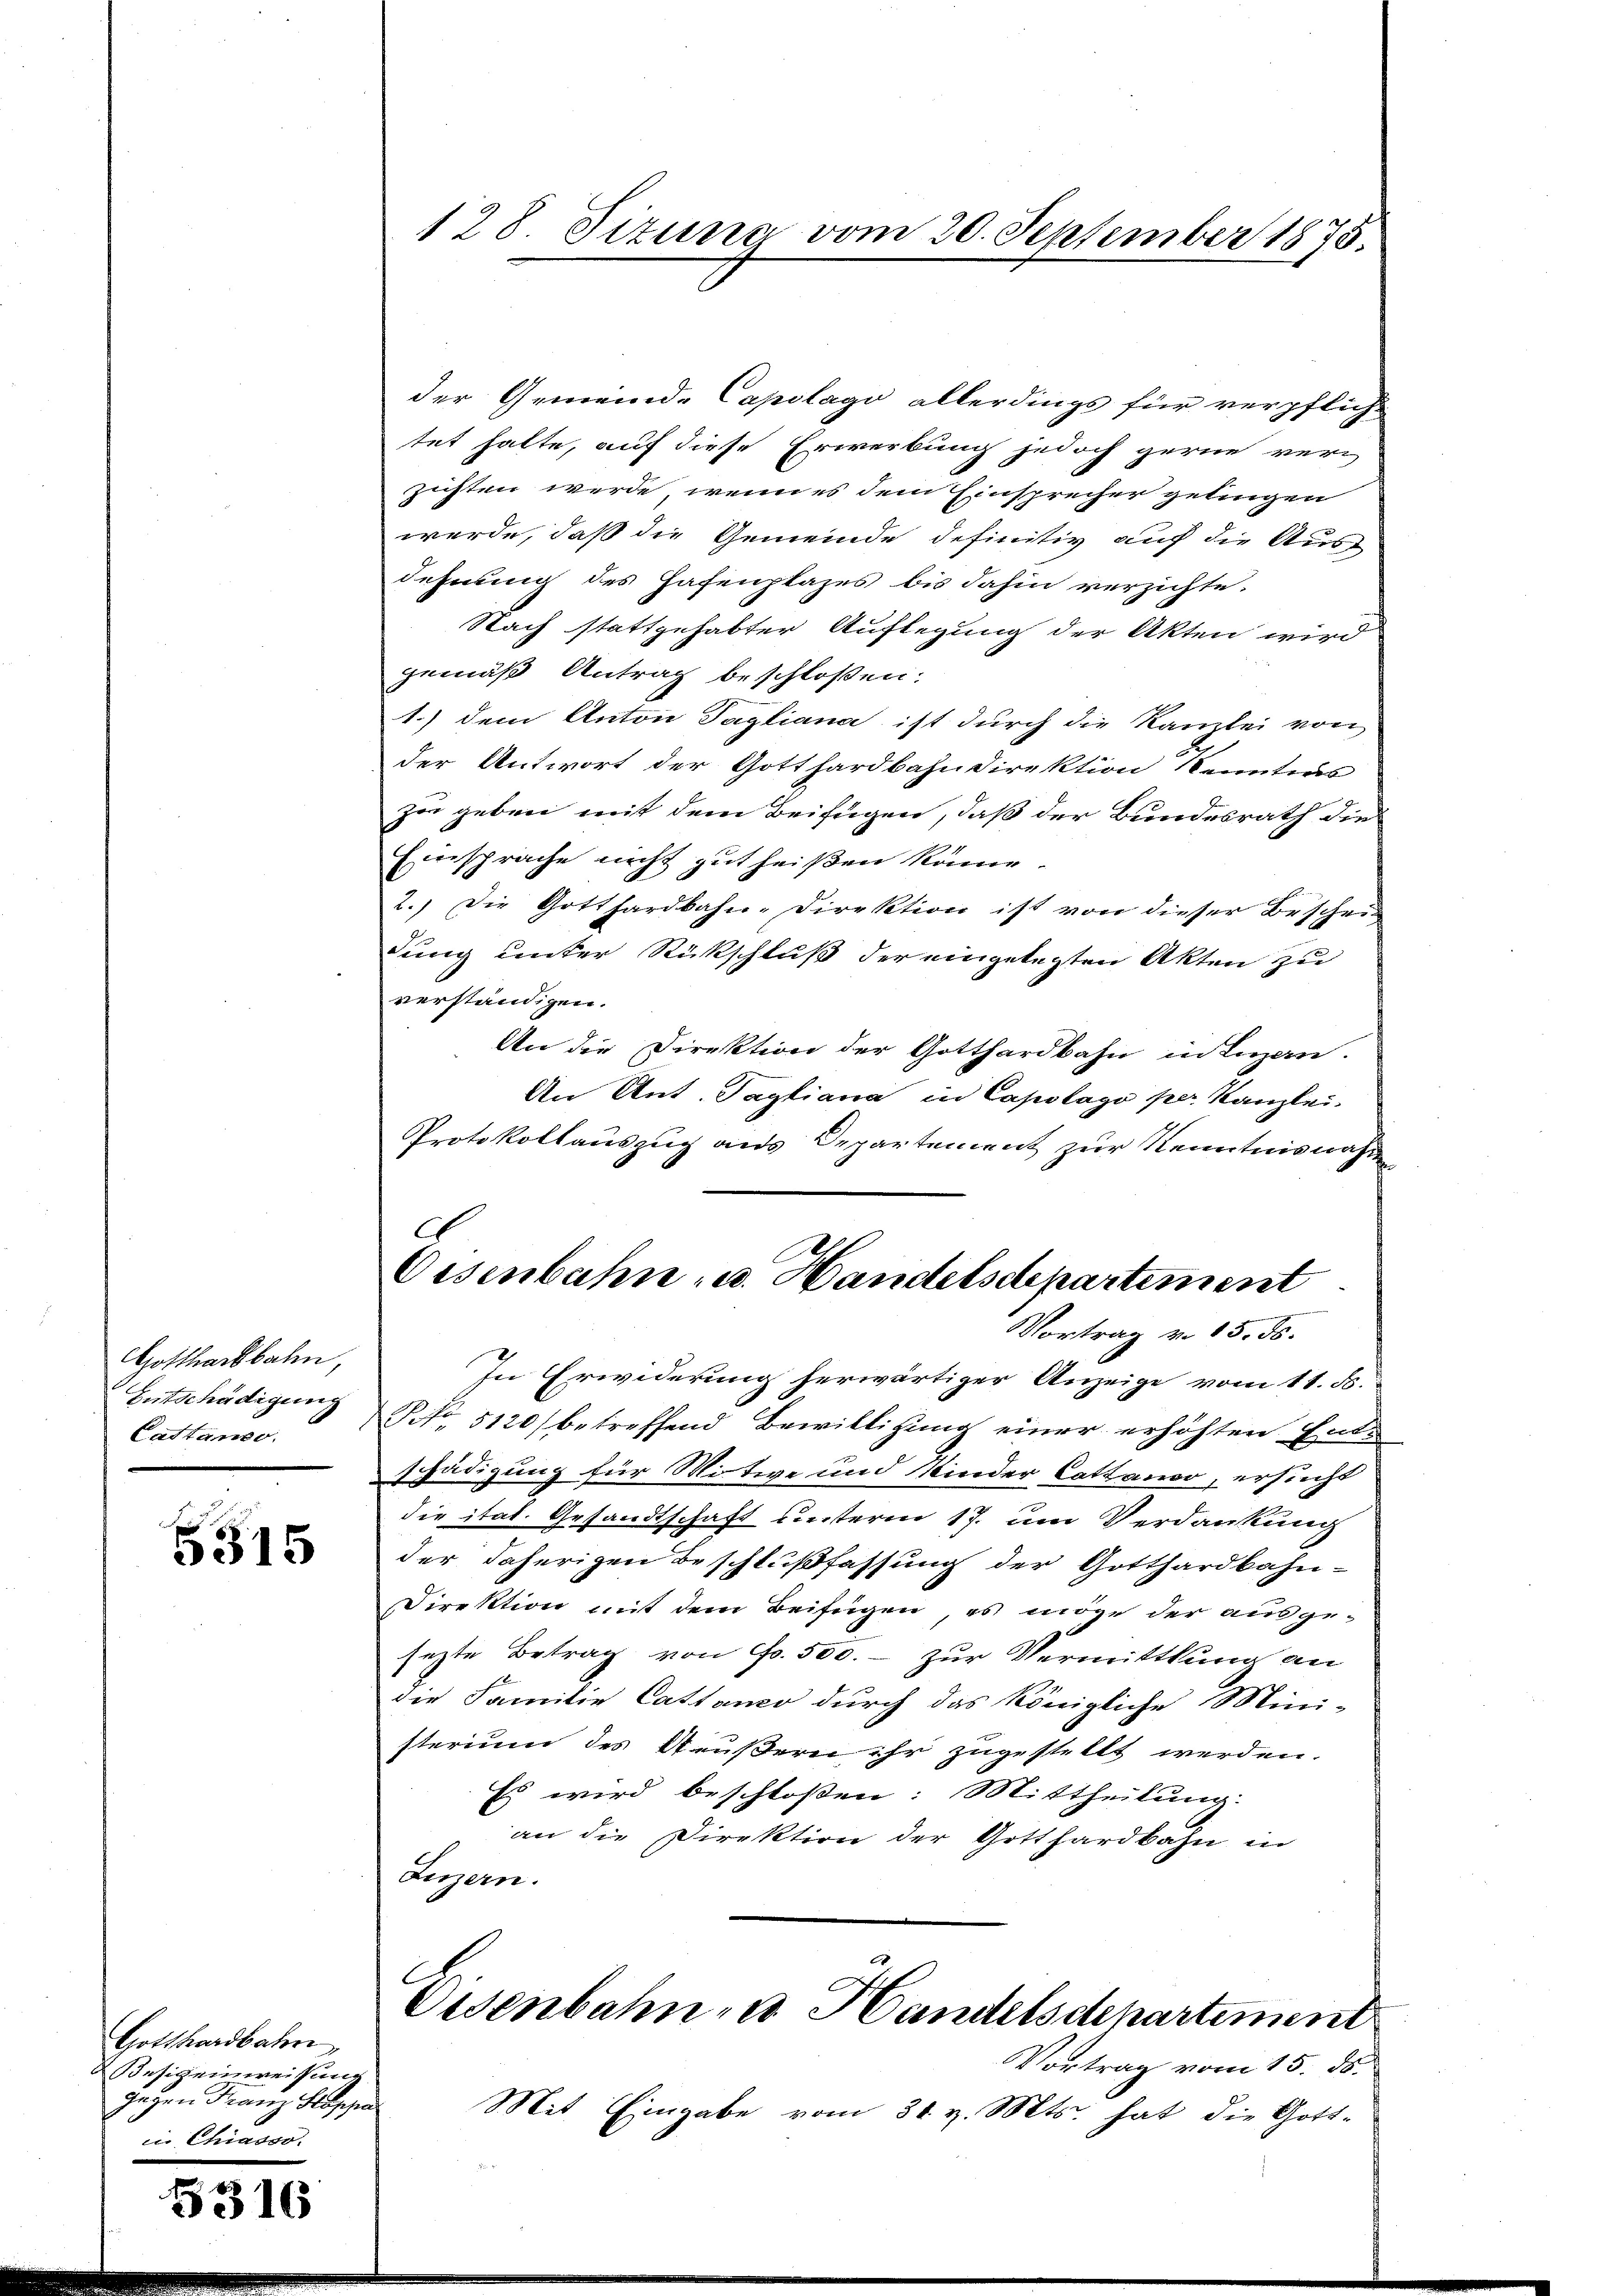
Gotthardbahn,
Entschädigung
Castando.

5515

Gotthardbater
Besitzeinweisung
gegen Franz Stoppa
in Chiasso.

5310

128 Tizuna vom 20. September 1875.

der Gemeinde Capslage allerdings für verpflich-
tet hatte, auf diese Erwerbung jedoch gerne verzichten werde, wenn es dem Einsprecher gelingen
werde, daß die Gemeinde definitiv auf die Ausdehnung des Hafenplazes bis dahin verzichte.
Nach stattgehabter Auflegung der Akten wird
gemäß Antrag beschloßen:
1.) dem Anton Tagliana ist durch die Kanzlei von
der Antwort der Gotthardbahndirektion Kenntius
zo geben mit dem Beifügen, daß der Bundesrath die
Einsprache nicht zutheißen könne.
2.) Die Gotthardbahn-Direktion ist von dieser Beschei
dung unter Rückschluß der eingelegten Akten zu
verständigen.
An die Direktion der Gotthardbahn in Luzan.
An Ant. Tagliana in Capolago per Kanzlei-
Protokollauszug aus Departement zur Kenntnisnahme
C
Oisenbahn u. Handelschpartement
Vortrag v. 15. ds.
In Erwiderung herwärtiger Anzeige vom 11. d.
No 5120) betreffend Bewilligung einer erhöhten Entschädigung für Witwe und Kinder Cathanov, ersucht
die itat. Gesandtschaft unterm 17. um Verdankung
der daherigen Beschlußfassung der Gotthardbahn-
Direktion mit dem Beifügen, es möge der ausge-
sezte Betrag von Fr. 500. - zur Vermittlung an
die Familie Cattanco durch das königliche Mini-
sterium des Aeußern ihr zugestellt werden.
Es wird beschlossen: Mittheilung.
an die Direktion der Gotthardbahn in
Luzern.
Cisenbahn und Handelsdepartement
Vortrag vom 15. ds.
Mit Eingabe vom 31. v. Mts. hat die Gott-